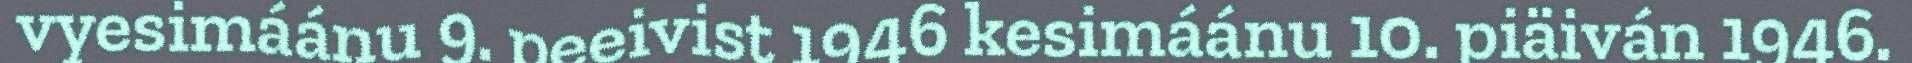
vyesimáánu 9. peeivist 1946 kesimáánu 10. piäiván 1946.